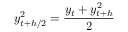
y _ { t + h / 2 } ^ { 2 } = { \frac { y _ { t } + y _ { t + h } ^ { 2 } } { 2 } }